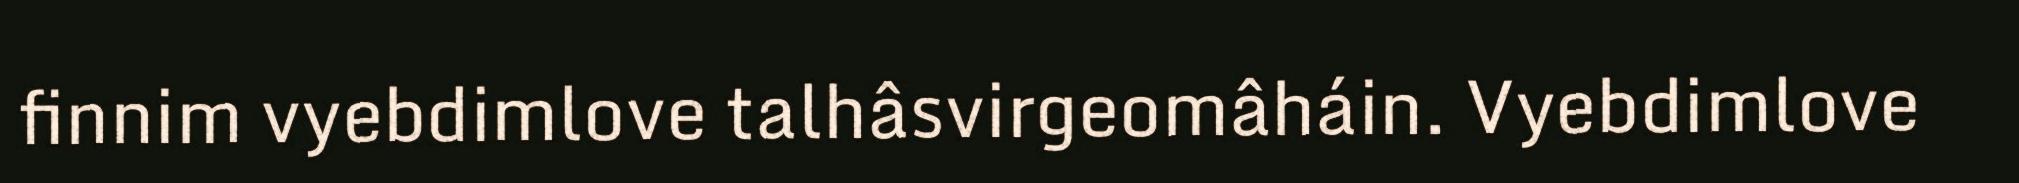
finnim vyebdimlove talhâsvirgeomâháin. Vyebdimlove